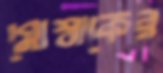
মোস্তাকের